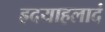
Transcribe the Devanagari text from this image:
ह्रदयाहलादं